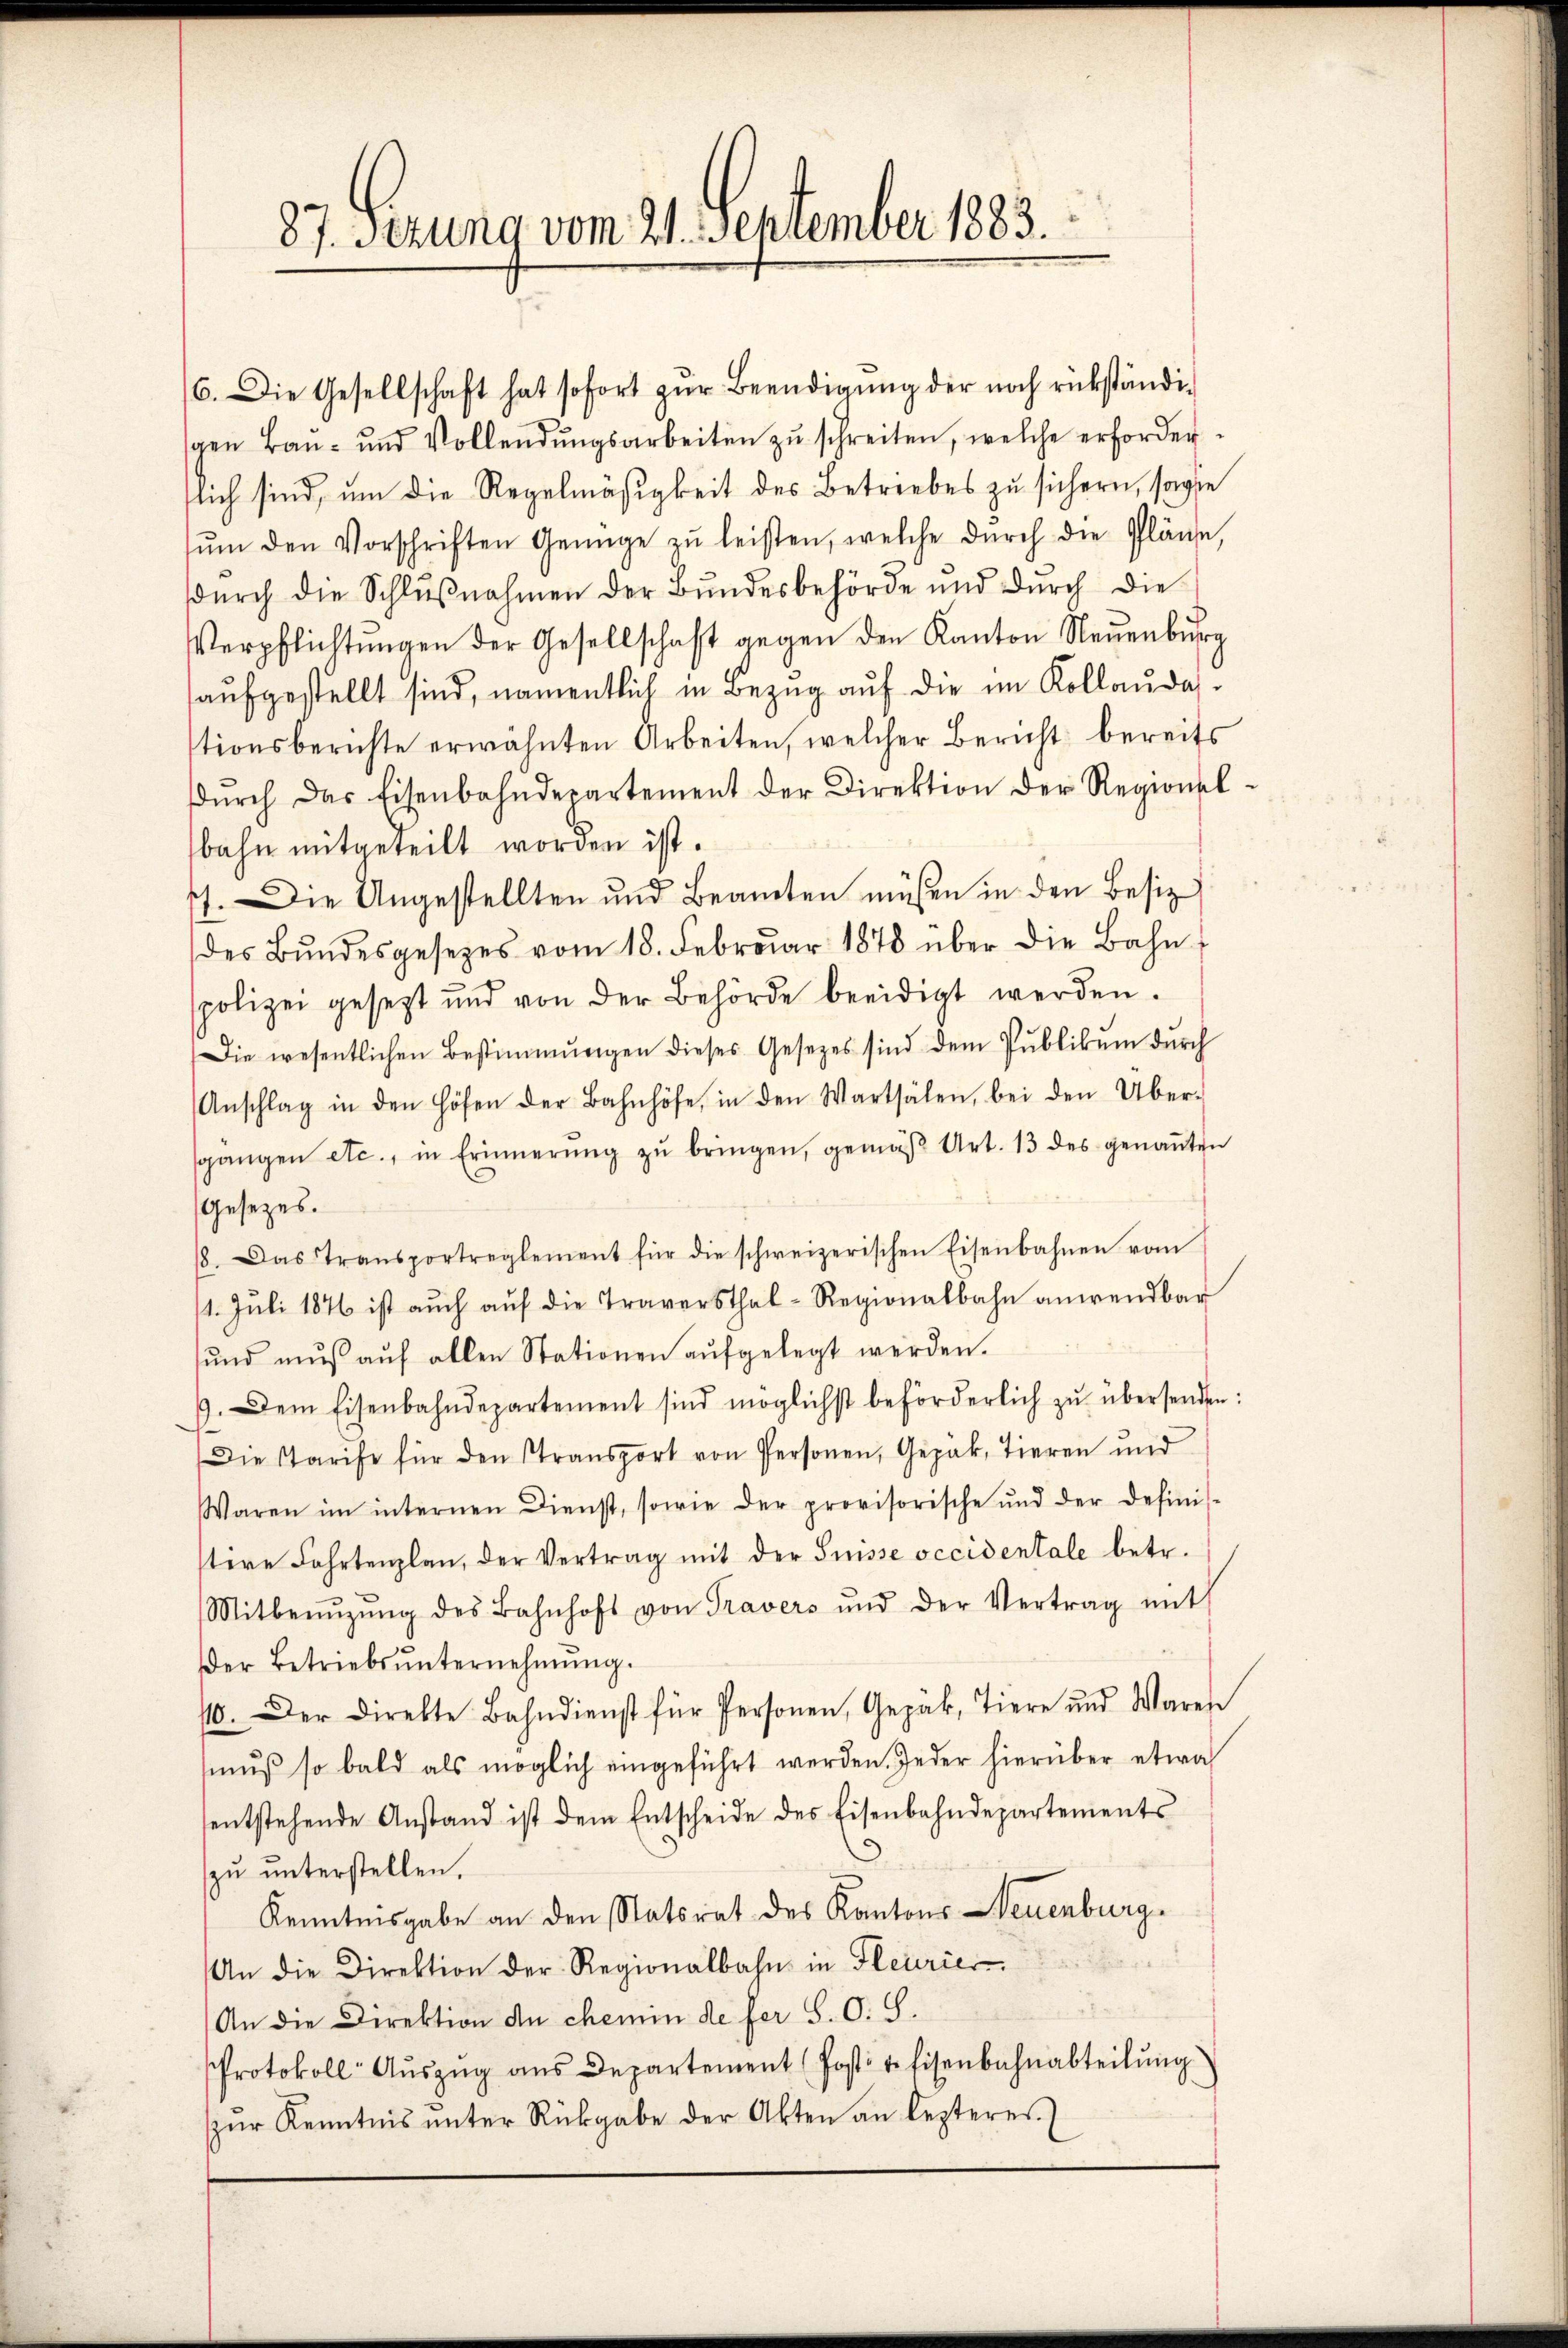
87. Ferung vom 21. September 1883.

6. Die Gesellschaft hat sofort zur Beendigung der noch rükständigen Baŭ- und Vollendŭngsarbeiten zŭ schreiten, welche erforder-
lich sind, um die Regelmäßigkeit des Betriebes zu sichern, sowie
ŭm den Vorschriften Genüge zŭ leisten, welche dŭrch die Pläne,
dŭrch die Schlŭβnahmen der Bundesbehörde und dŭrch die
Verpflichtŭngen der Gesellschaft gegen den Kanton Neuenburg
aŭfgestellt sind, namentlich in Bezŭg aŭf die im Kollaudationsberichte erwähnten Arbeiten, welcher Bericht bereits
dŭrch das Eisenbahndepartement der Direktion der Regionsl
bahn mitgeteilt worden ist.
). Die Ungestellten und Beamten müssen in den Besiz
des Bŭndesgesetzes vom 18. Febrŭar 1878 über die Bahn-
spolizei gesezt und von der Behörde beeidigt werden.
Die wesentlichen Bestimmungen dieses Gesetzes sind dem Pŭblikŭm dŭrch
Anschlag in den Höfen der Bahnhöfe, in den Wartsälen, bei den Über-
sgangen etc., in Erinnerŭng zŭ bringen, gemäβ Art. 13 des genaṅten
Gesetzes.
18. Das Transportreglement für die schweizerischen Eisenbahnen vom
1. Jŭli 1876 ist aŭch aŭf die Traversthal-Regionalbahn anwendbar
und muß auf allen Stationen aufgelegt werden.
9. Dem Eisenbahndepartement sind möglichst beförderlich zŭ übersenden:
Die Tarife für den Stransport von Personen, Gepäk, Tieren und
Waren im internen Dienst, sowie der provisorische und der definis-
tere Fahrtenplan, der Vertrag mit der Suisse occidentale betr.
Mitbenŭzŭng des Bahnhofs von Travers und der Vertrag mit
Der Betriebs ŭnternehmung.
10. Der Direkte Bahndienst für Personen, Gepäk, Tiere und Waren
muß so bald als möglich eingeführt werden. Jeder hierüber etwa
sentstehende Anstand ist dem Entscheide des Eisenbahndepartements
zu unterstellen.
Kenntnisgabe an den Statsrat des Kantons Neuenburg.
An die Direktion der Regionalbahn in Fleurier
An die Direktion de chemin de fer S. O. S.
Protokoll- Aŭszŭg ans Departement (Post v. Eisenbahnabteilŭng
ŭr Kenntnis ŭnter Rückgabe der Akten an lezteres